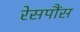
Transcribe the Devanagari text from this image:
रेसपौंस